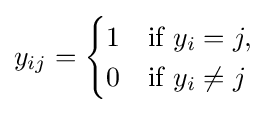
y_{ij}={\begin{cases}1&{\text{if }}y_{i}=j,\\0&{\text{if }}y_{i}\neq j\end{cases}}